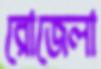
রোজেলা